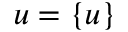
u = \left\{ u \right\}